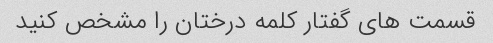
قسمت های گفتار کلمه درختان را مشخص کنید